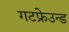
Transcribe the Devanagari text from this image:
गटफ्रेउन्ड